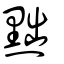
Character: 黜